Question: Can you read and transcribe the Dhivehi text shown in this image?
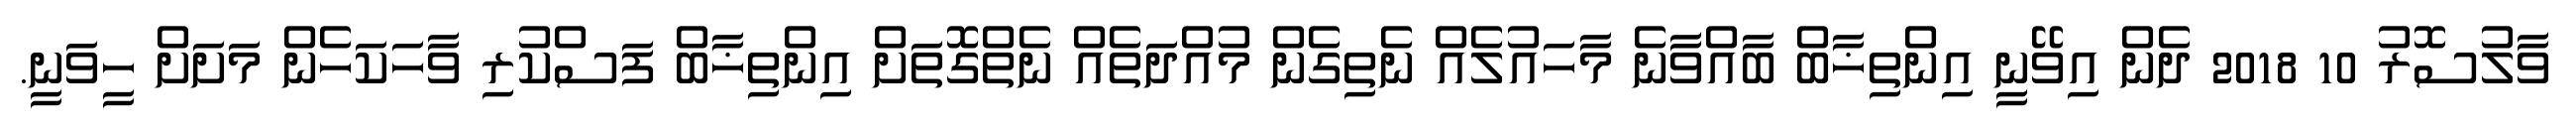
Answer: ވާލުސޮރު 10 2018 ދެން އިވޭނީ އިންތިޚާބް ބާއްވާނެ މާހައުލެއް ނެތިގެން މުއްދަތެއް ނެތްގޮތަށް އިންތިޚާބް ފަސްކުރި ވާހަކަހެން މަށަށް ހީވަނީ.